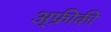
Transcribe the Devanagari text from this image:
अ्फ्रीकी